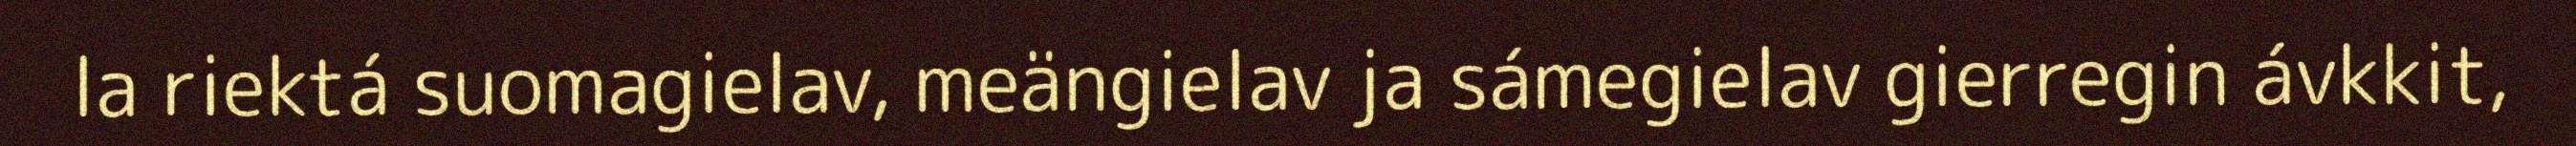
la riektá suomagielav, meängielav ja sámegielav gierregin ávkkit,